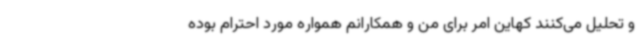
و تحلیل می‌کنند کهاین امر برای من و همکارانم همواره مورد احترام بوده